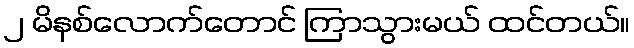
၂ မိနစ်လောက်တောင် ကြာသွားမယ် ထင်တယ်။